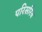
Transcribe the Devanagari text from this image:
परिसरिय